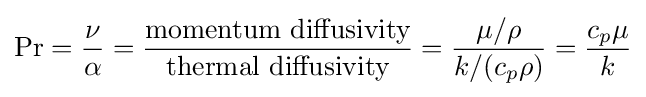
\mathrm {Pr} ={\frac {\nu }{\alpha }}={\frac {\mbox{momentum diffusivity}}{\mbox{thermal diffusivity}}}={\frac {\mu /\rho }{k/(c_{p}\rho )}}={\frac {c_{p}\mu }{k}}